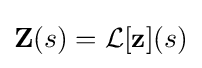
\mathbf {Z} (s)={\mathcal {L}}[\mathbf {z} ](s)